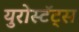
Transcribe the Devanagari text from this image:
युरोस्टॅट्स